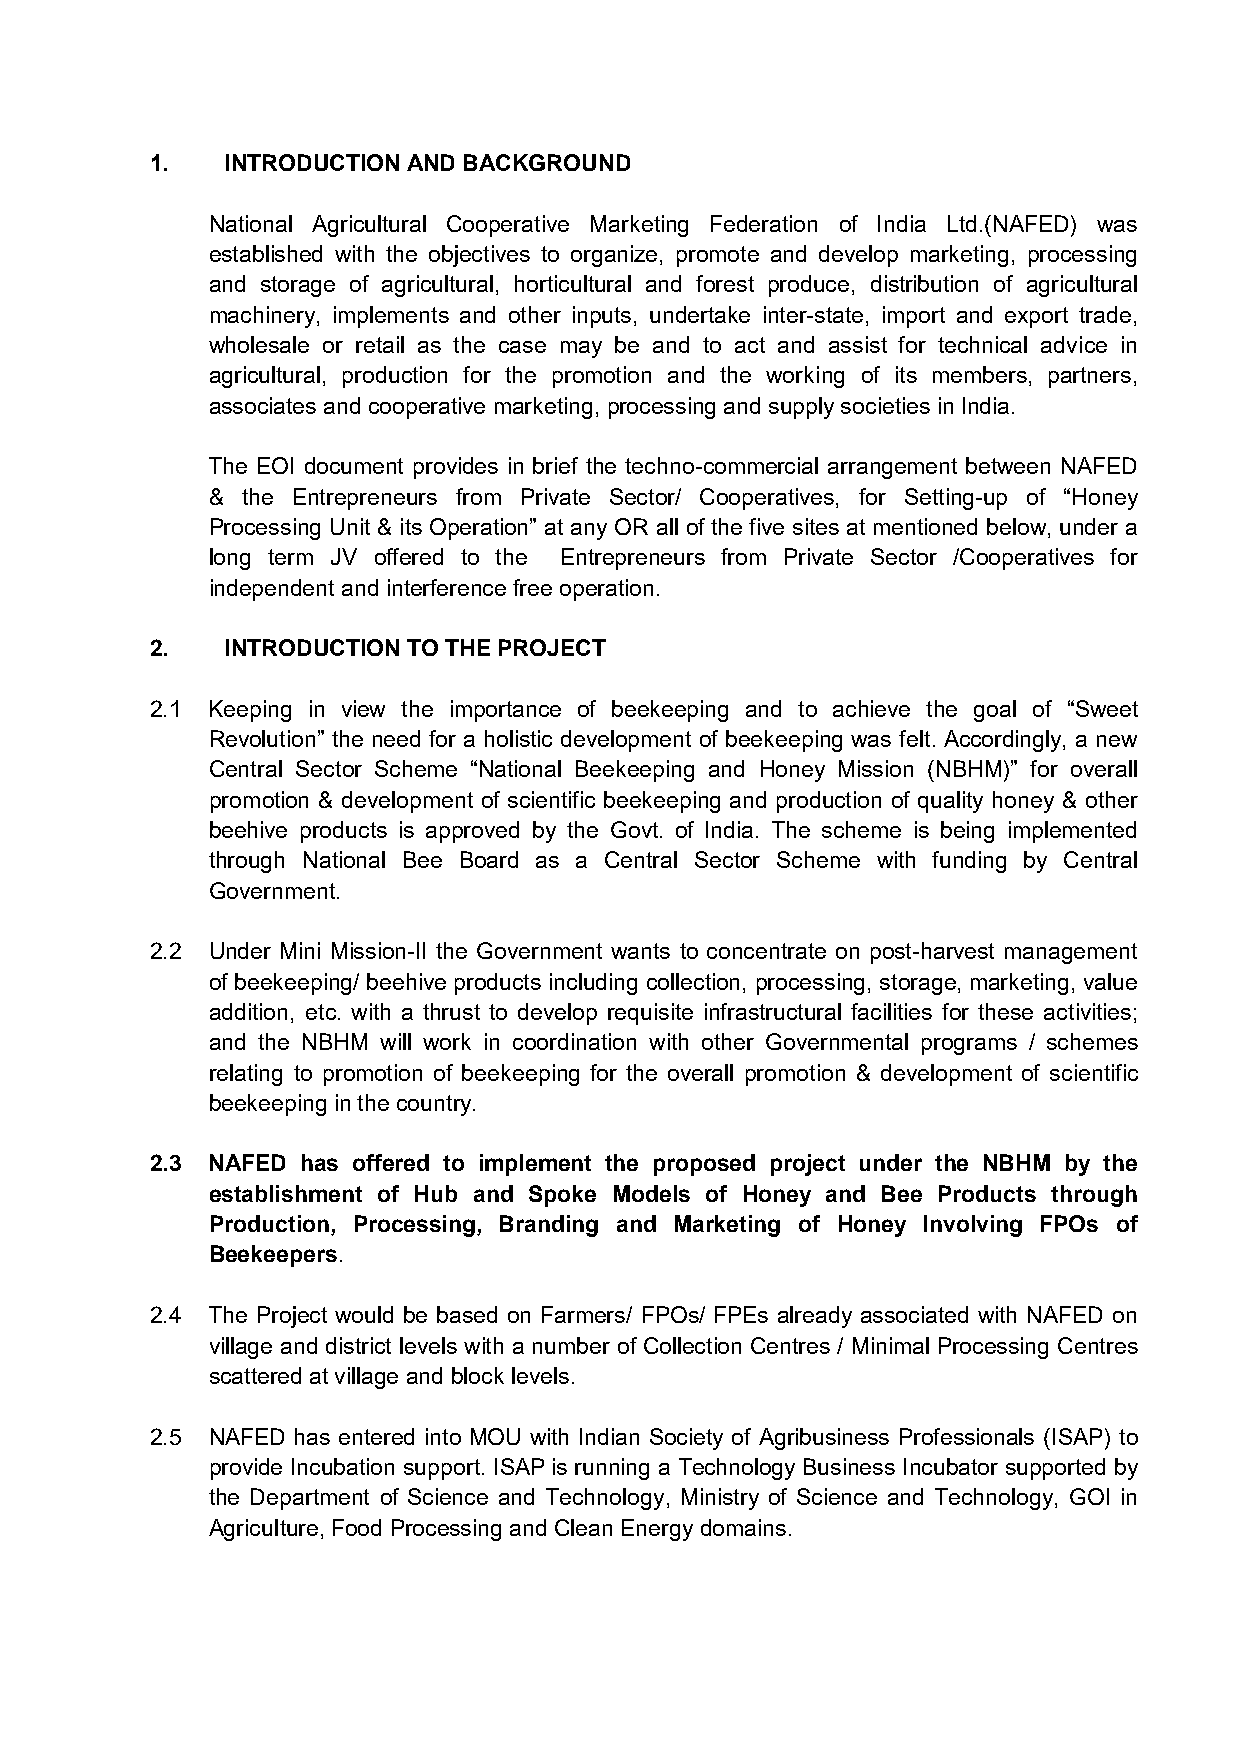
1.   INTRODUCTION AND BACKGROUND
 National Agricultural Cooperative Marketing Federation of India Ltd.(NAFED) was
 established with the objectives to organize, promote and develop marketing, processing
 and storage of agricultural, horticultural and forest produce, distribution of agricultural
 machinery, implements and other inputs, undertake inter-state, import and export trade,
 wholesale or retail as the case may be and to act and assist for technical advice in
 agricultural, production for the promotion and the working of its members, partners,
 associates and cooperative marketing, processing and supply societies in India.
 The EOI document provides in brief the techno-commercial arrangement between NAFED
 & the Entrepreneurs from Private Sector/ Cooperatives, for Setting-up of “Honey
 Processing Unit & its Operation” at any OR all of the five sites at mentioned below, under a
 long term JV offered to the Entrepreneurs from Private Sector /Cooperatives for
 independent and interference free operation.
 2.   INTRODUCTION TO THE PROJECT
 2.1 Keeping in view the importance of beekeeping and to achieve the goal of “Sweet
 Revolution” the need for a holistic development of beekeeping was felt. Accordingly, a new
 Central Sector Scheme “National Beekeeping and Honey Mission (NBHM)” for overall
 promotion & development of scientific beekeeping and production of quality honey & other
 beehive products is approved by the Govt. of India. The scheme is being implemented
 through National Bee Board as a Central Sector Scheme with funding by Central
 Government.
 2.2 Under Mini Mission-II the Government wants to concentrate on post-harvest management
 of beekeeping/ beehive products including collection, processing, storage, marketing, value
 addition, etc. with a thrust to develop requisite infrastructural facilities for these activities;
 and the NBHM will work in coordination with other Governmental programs / schemes
 relating to promotion of beekeeping for the overall promotion & development of scientific
 beekeeping in the country.
 2.3 NAFED has offered to implement the proposed project under the NBHM by the
 establishment of Hub and Spoke Models of Honey and Bee Products through
 Production, Processing, Branding and Marketing of Honey Involving FPOs of
 Beekeepers.
 2.4 The Project would be based on Farmers/ FPOs/ FPEs already associated with NAFED on
 village and district levels with a number of Collection Centres / Minimal Processing Centres
 scattered at village and block levels.
 2.5 NAFED has entered into MOU with Indian Society of Agribusiness Professionals (ISAP) to
 provide Incubation support. ISAP is running a Technology Business Incubator supported by
 the Department of Science and Technology, Ministry of Science and Technology, GOI in
 Agriculture, Food Processing and Clean Energy domains.